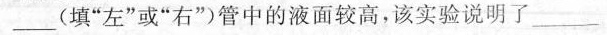
____(填”左”或”右”)管中的液面较高，该实验说明了____